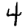
Digit: 4